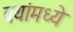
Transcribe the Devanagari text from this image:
वयांमध्ये